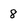
Character: 8